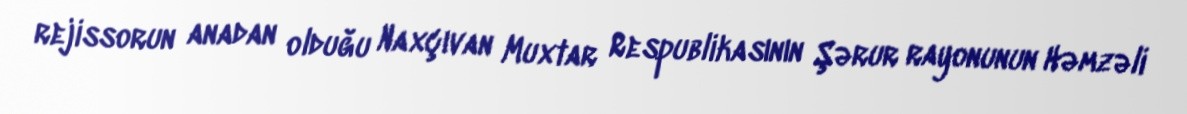
rejissorun anadan olduğu Naxçıvan Muxtar Respublikasının Şərur rayonunun Həmzəli